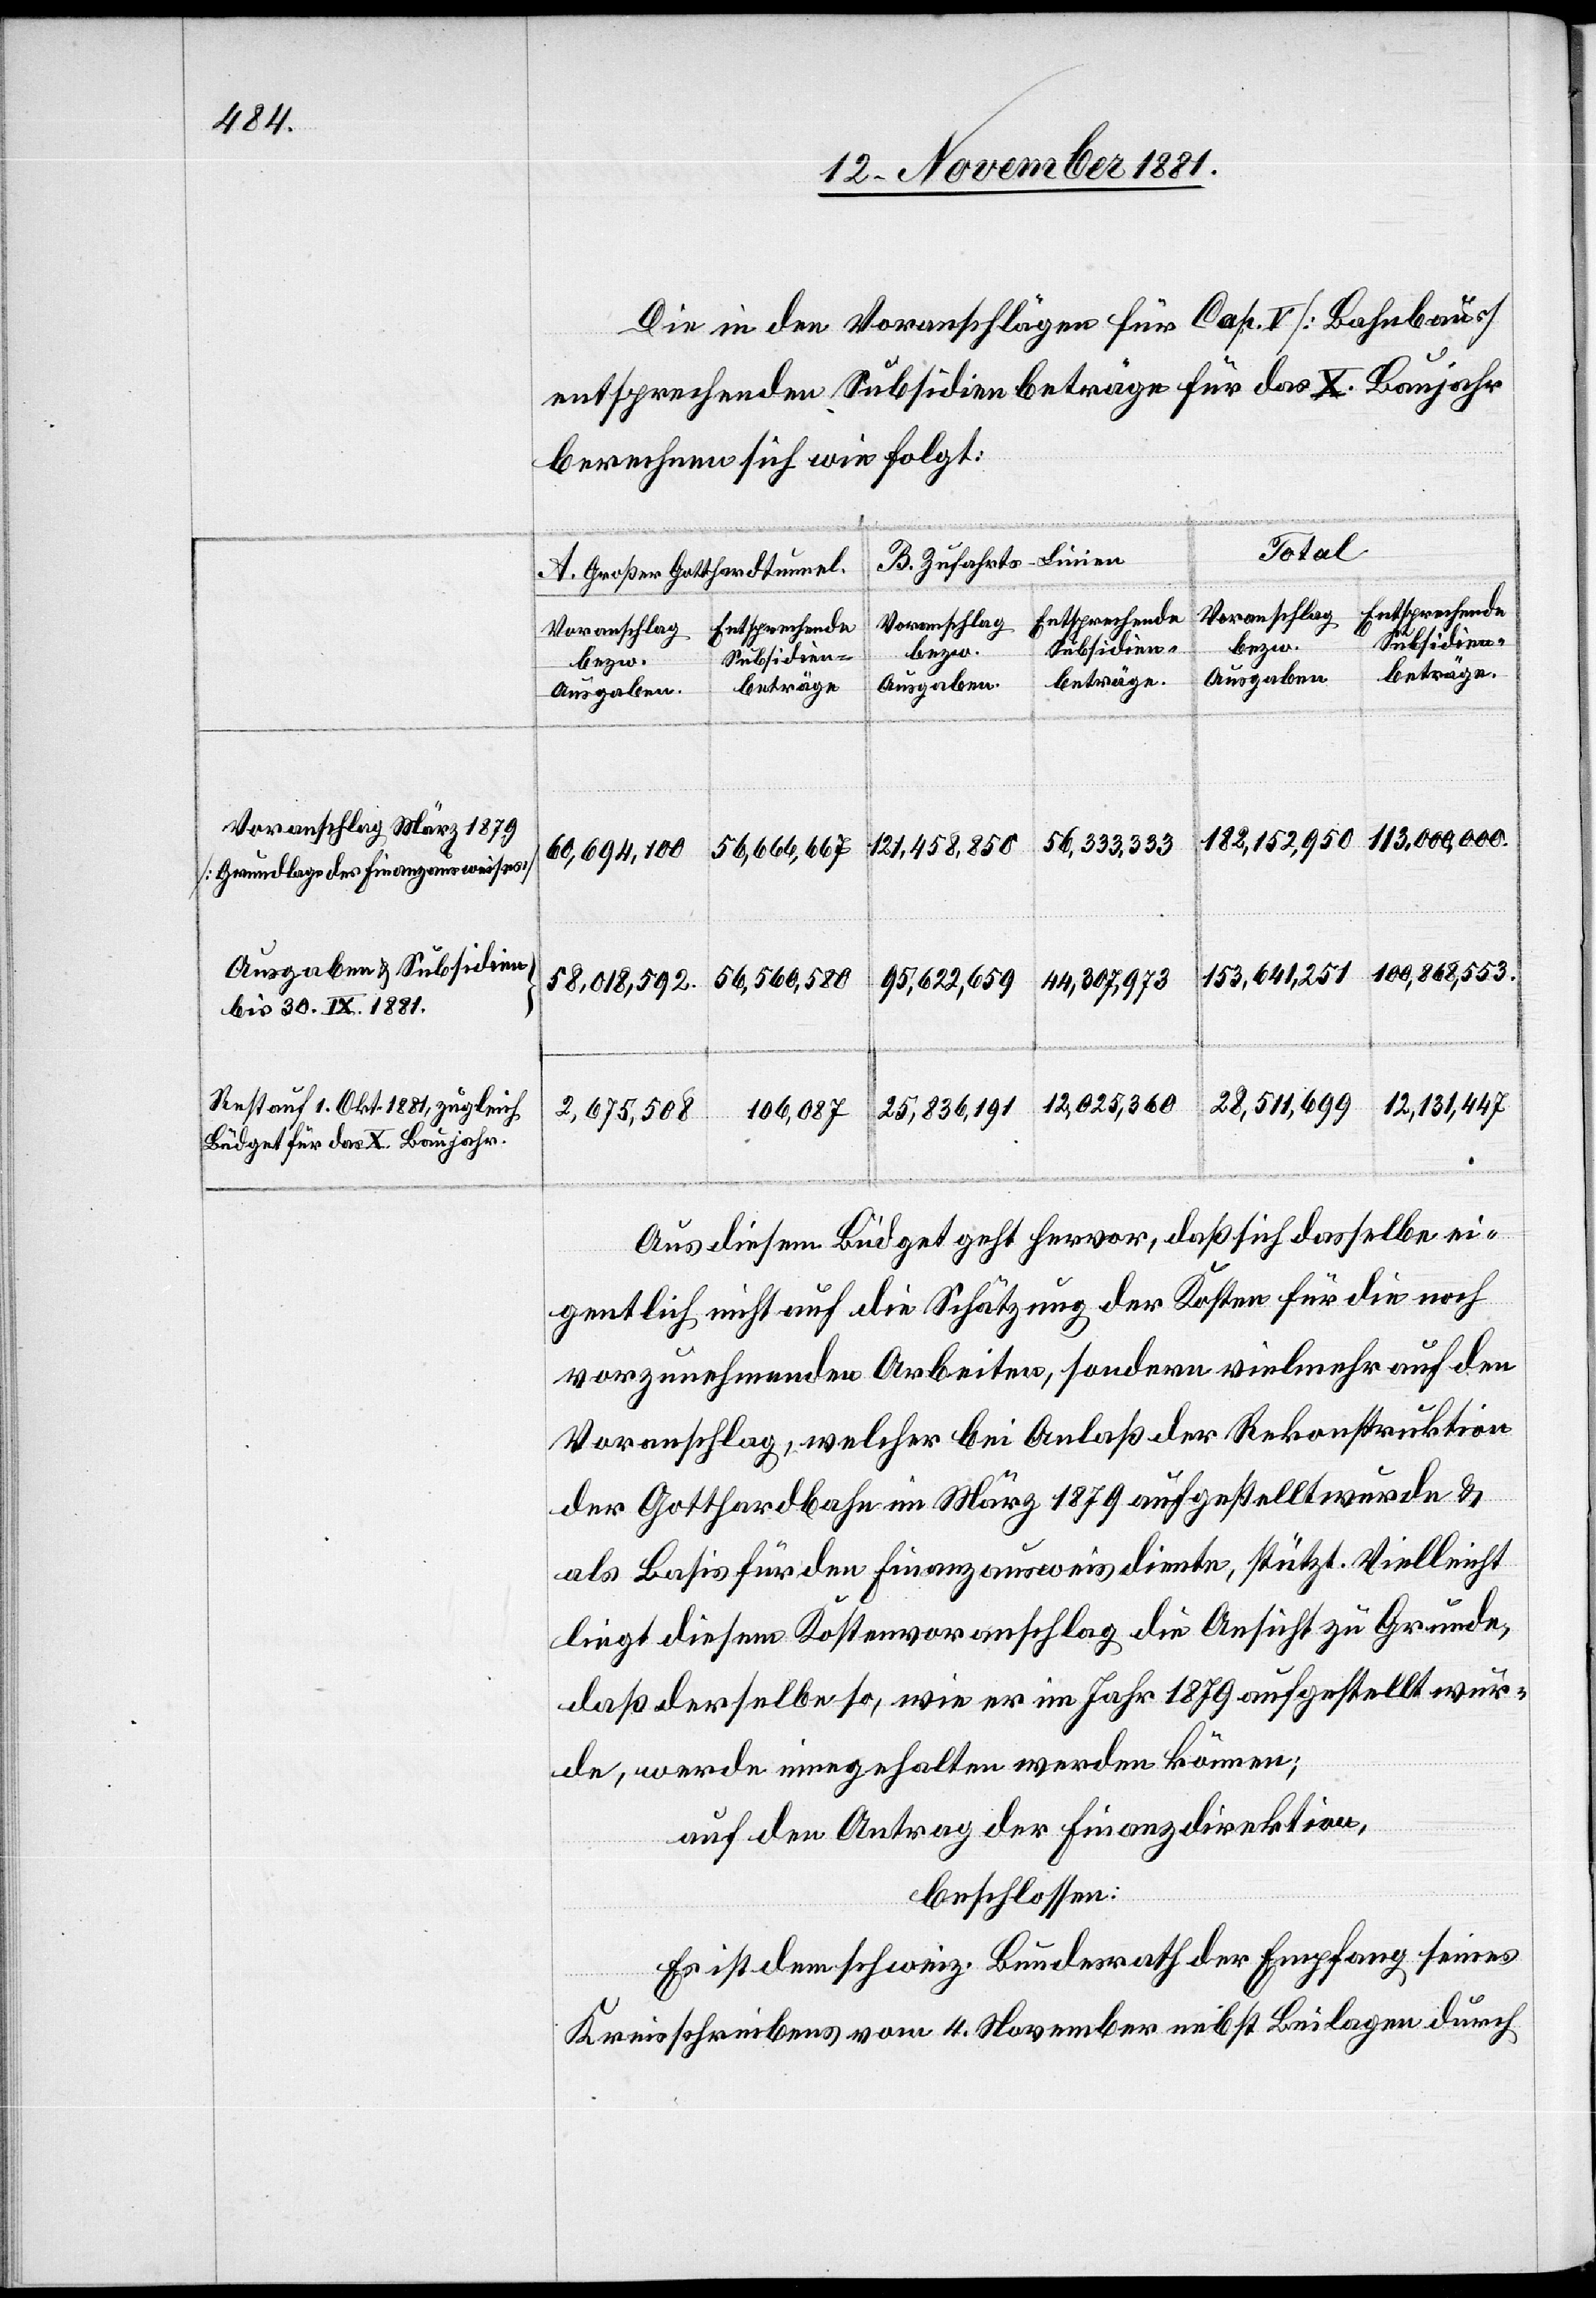
Voranschlag März 1879
[Grundlage des Finanzausweises]
Ausgaben & Subsidien
bis 30. IX. 1881
Rest auf 1. Okt. 1881, zugleich
Büdget für das X. Baujahr.

Die in den Voranschlägen für Cap. V [Bahnbau]
entsprechenden Subsidienbeträge für das X. Baujahr
berechnen sich wie folgt:
Total
s-Linien
B. Zufahrt¬
A. Großer Gotthardtunnel.
Entsprechende
Voranschlag
Subsidien¬
bezw.
beträge
Ausgaben.
56,333,333
121,458,850
56,666,667
60,694,100
100,868,553.
153,641,251
56,560,580
95,622,659
44,307,973
58,018,592.
12,025,360
28,511,699
12,131,447
106,087
25,836,191
2,675,508
Aus diesem Büdget geht hervor, daß sich dasselbe ei¬
gentlich nicht auf die Schätzung der Kosten für die noch
vorzunehmenden Arbeiten, sondern vielmehr auf den
Voranschlag, welcher bei Anlaß der Rekonstruktion
der Gotthardbahn im März 1879 aufgestellt wurden &
als Basis für den Finanzausweis diente, stützt. Vielleicht
liegt diesem Kostenvoranschlag die Ansicht zu Grunde,
daß derselbe so, wie er im Jahr 1879 aufgestellt wur¬
de, werde eingehalten werden können;
auf den Antrag der Finanzdirektion,
beschlossen:
Es ist dem schweiz. Bundesrath der Empfang seines
Kreisschreibens vom 4. November nebst Beilagen durch